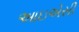
આઇએસી